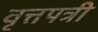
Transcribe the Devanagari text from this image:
वृत्तपत्री